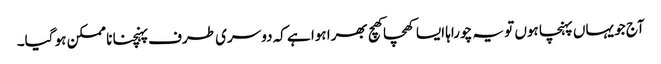
آج جو یہاں پہنچا ہوں تو یہ چوراہا ایسا کھچا کھچ بھرا ہوا ہے کہ دوسری طرف پہنچنا نا ممکن ہو گیا۔